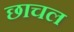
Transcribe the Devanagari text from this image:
छाचल